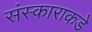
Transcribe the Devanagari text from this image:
संस्काराकडे